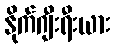
နိုက်ဂျီးရီးယား